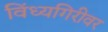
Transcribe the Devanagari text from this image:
विंध्यगिरीवर